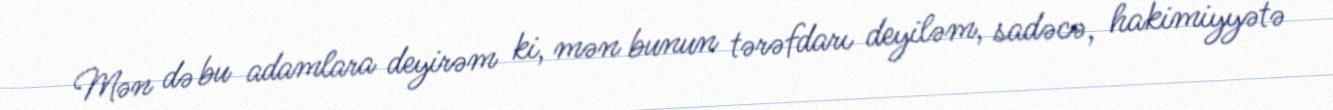
Mən də bu adamlara deyirəm ki, mən bunun tərəfdarı deyiləm, sadəcə, hakimiyyətə